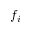
f _ { i }